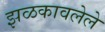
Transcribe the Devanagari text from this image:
झळकावलेले